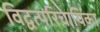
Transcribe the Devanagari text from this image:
विद्वत्परिचायिका